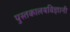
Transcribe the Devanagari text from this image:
पुस्तकालयविज्ञानी